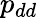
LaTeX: p_{dd}